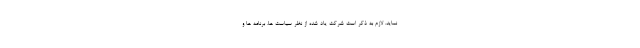
نماید. لازم به ذکر است شرکت یاد شده از نظر سیاست ها، برنامه ها و